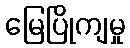
မြေပြိုကျမှု